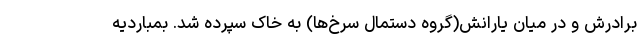
برادرش و در میان یارانش(گروه دستمال سرخ‌ها) به خاک سپرده شد. بمباردیه